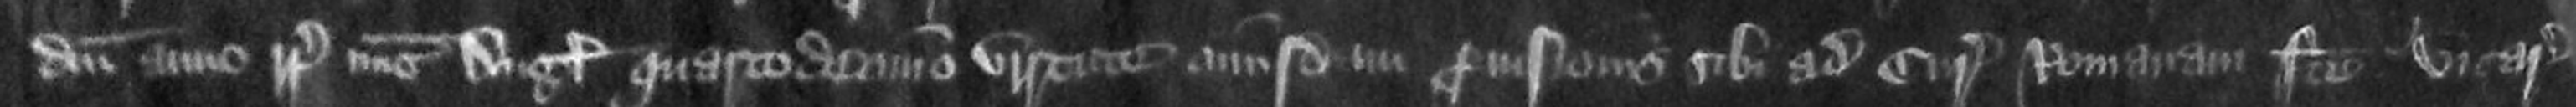
domini anno regni Regis nunc Anglie quartodecimo virtute cuiusdam provisionis sibi ad curiam romanam facie vicariam